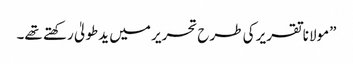
”مولانا تقریر کی طرح تحریر میں یدطولیٰ رکھتے تھے۔